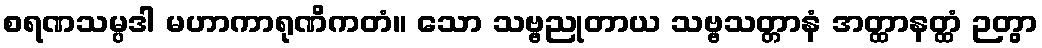
စရဏသမ္ပဒါ မဟာကာရုဏိကတံ။ သော သဗ္ဗညုတာယ သဗ္ဗသတ္တာနံ အတ္ထာနတ္ထံ ဉတွာ